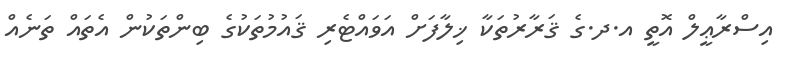
އިސްރާޢީލް އޮތީ އ.ދ.ގެ ޤަރާރުތަކާ ޚިލާފަށް އަވައްޓެރި ޤައުމުތަކުގެ ބިންތަކުން އެތައް ތަނެއް